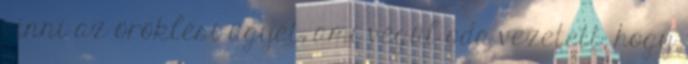
vinni az öröklési ügyet, ami végül oda vezetett, hogy